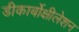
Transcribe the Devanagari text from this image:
डीकार्बोक्षीलेशन